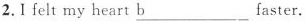
2.Ⅰ felt my heart \underline{b}___ faster.